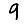
Digit: 9